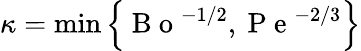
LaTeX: \kappa=\operatorname*{min}\left\{ \mathrm{~B~o~}^{-1/2},\mathrm{~P~e~}^{-2/3}\right\}